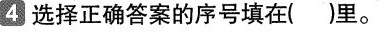
4 选择正确答案的序号填在( )里。